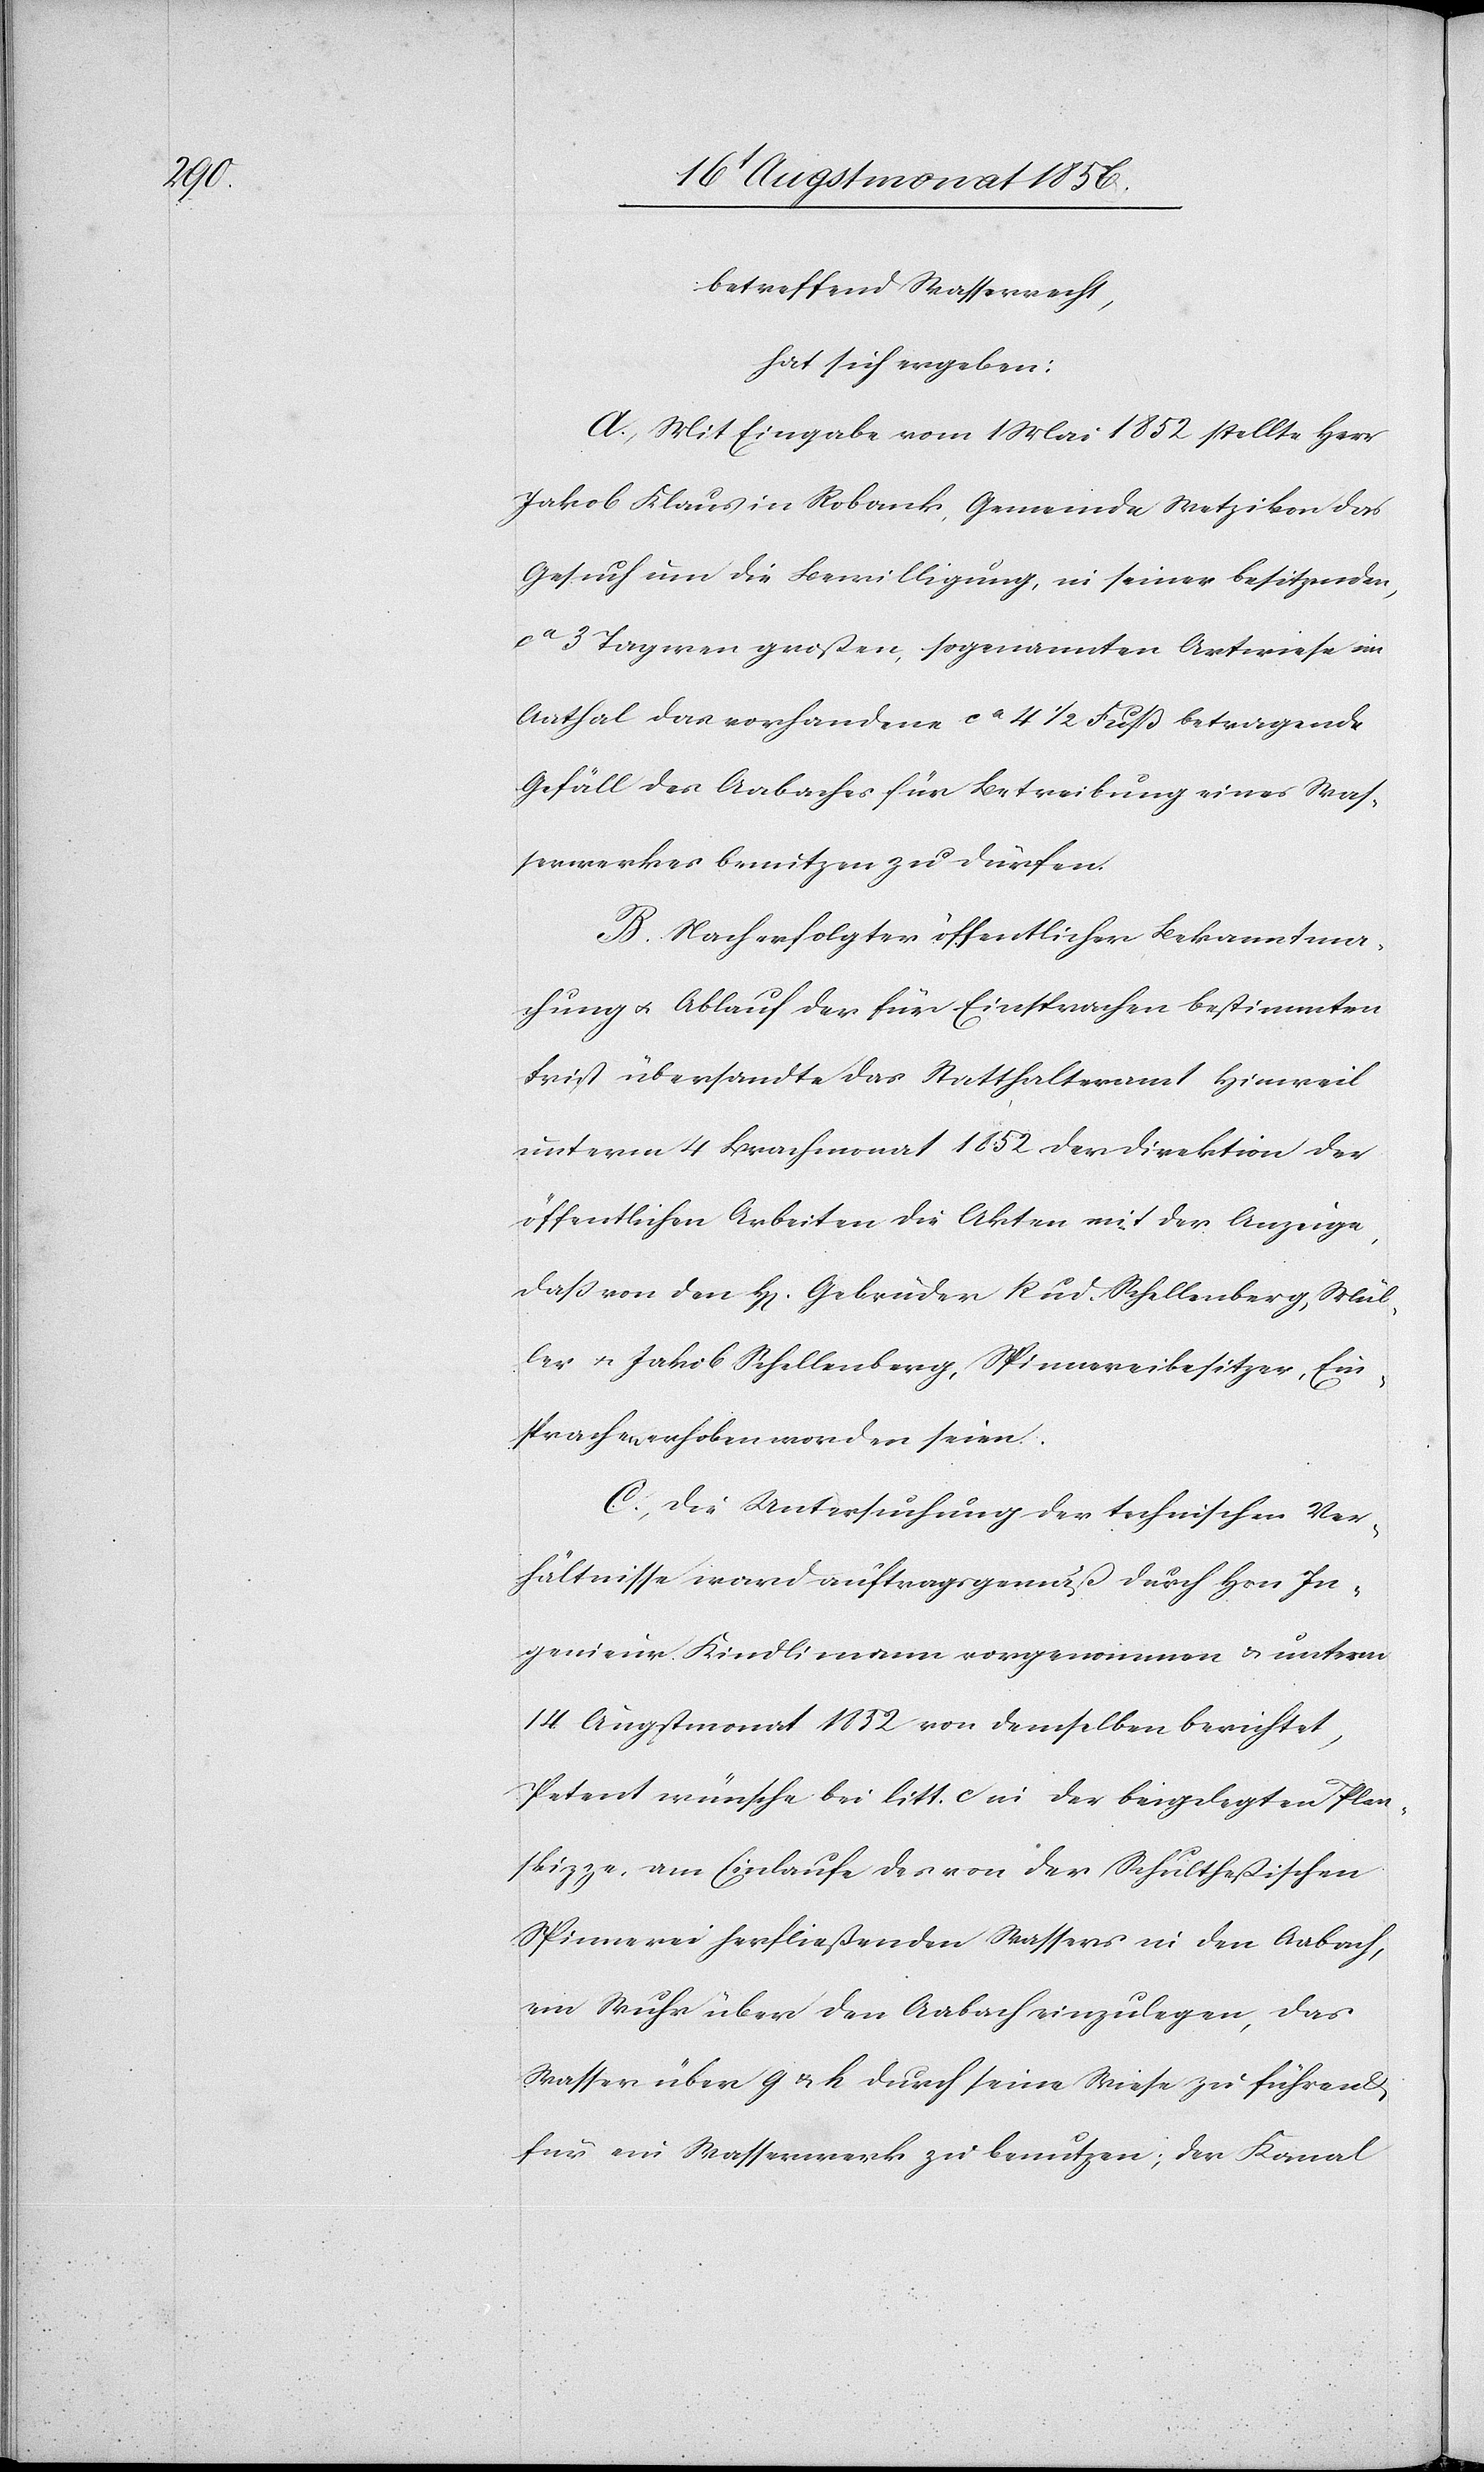
betreffend Wasserrecht,
hat sich ergeben:
A. Mit Eingabe vom 1 Mai 1852 stellte Herr
Jakob Klaus in Robank, Gemeinde Wetzikon das
Gesuch um die Bewilligung, in seiner besitzenden,
ca 3 Tagwen großen, sogenannten Artwiese im
Aathal das vorhandene ca 4 1/2 Fuß betragende
Gefäll des Aabaches für Betreibung eines Was¬
serwerkes benutzen zu dürfen.
B. Nach erfolgter öffentlicher Bekanntma¬
chung u. Ablauf der für Einsprachen bestimmten
Frist übersandte das Statthalteramt Hinweil
unterm 4 Brachmonat 1852 der Direktion der
öffentlichen Arbeiten die Akten mit der Anzeige,
dass von den H[erren] Gebrüder Rud. Schellenberg, Mül¬
ler u. Jakob Schellenberg, Spinnereibesitzer, Ein¬
sprachen erhoben worden seien.
C. Die Untersuchung der technischen Ver¬
hältnisse ward auftragsgemäß durch Hrn In¬
genieur Kindlimann vorgenommen & unterm
14 Augstmonat 1852 von demselben berichtet,
Petent wünsche bei litt. c in der beigelegten Plan¬
skizze, am Einlaufe des von der Schultheßischen
Spinnerei herfließenden Wassers in den Aabach,
ein Wuhr über den Aabach einzulegen, das
Wasser über g. & h durch seine Wiese zu führen
für ein Wasserwerk zu benutzen; der Kanal